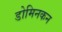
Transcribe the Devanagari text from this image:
डोमिनकन